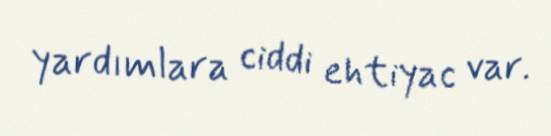
yardımlara ciddi ehtiyac var.